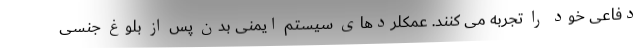
دفاعی خود را تجربه می کنند. عمکلردهای سیستم ایمنی بدن پس از بلوغ جنسی